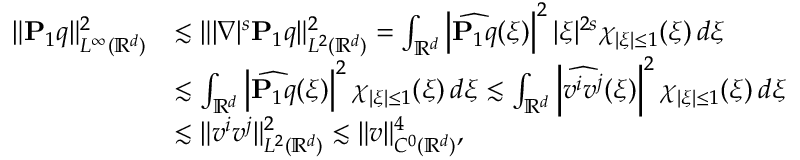
\begin{array} { r l } { \| \mathbf { P } _ { 1 } q \| _ { L ^ { \infty } ( \mathbb R ^ { d } ) } ^ { 2 } } & { \lesssim \| | \nabla | ^ { s } \mathbf { P } _ { 1 } q \| _ { L ^ { 2 } ( \mathbb R ^ { d } ) } ^ { 2 } = \int _ { \mathbb R ^ { d } } \left| \widehat { \mathbf { P } _ { 1 } q } ( \xi ) \right| ^ { 2 } | \xi | ^ { 2 s } \chi _ { | \xi | \leq 1 } ( \xi ) \, d \xi } \\ & { \lesssim \int _ { \mathbb R ^ { d } } \left| \widehat { \mathbf { P } _ { 1 } q } ( \xi ) \right| ^ { 2 } \chi _ { | \xi | \leq 1 } ( \xi ) \, d \xi \lesssim \int _ { \mathbb R ^ { d } } \left| \widehat { v ^ { i } v ^ { j } } ( \xi ) \right| ^ { 2 } \chi _ { | \xi | \leq 1 } ( \xi ) \, d \xi } \\ & { \lesssim \| v ^ { i } v ^ { j } \| _ { L ^ { 2 } ( \mathbb R ^ { d } ) } ^ { 2 } \lesssim \| v \| _ { C ^ { 0 } ( \mathbb R ^ { d } ) } ^ { 4 } , } \end{array}